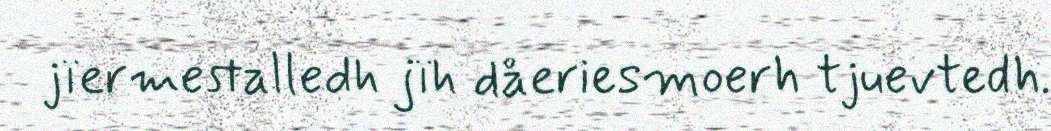
jïermestalledh jïh dåeriesmoerh tjuevtedh.